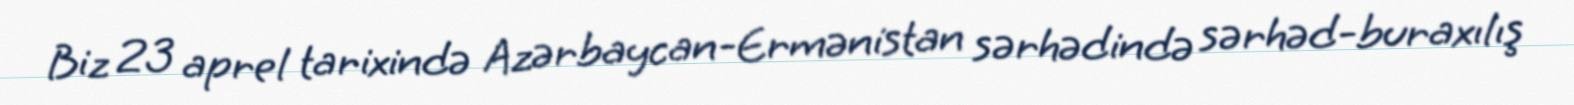
Biz 23 aprel tarixində Azərbaycan-Ermənistan sərhədində sərhəd-buraxılış